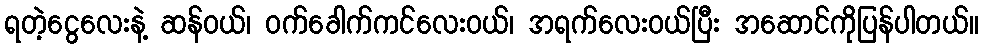
ရတဲ့ငွေလေးနဲ့ ဆန်ဝယ်၊ ဝက်ခေါက်ကင်လေးဝယ်၊ အရက်လေးဝယ်ပြီး အဆောင်ကိုပြန်ပါတယ်။